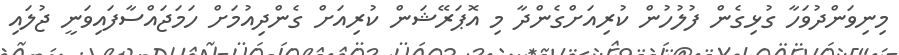
މިނިވަންދުވަހާ ގުޅިގެން ފުލުހުން ކުރިއަށްގެންދާ މި އޮޕަރޭޝަން ކުރިއަށް ގެންދިއުމަށް ހަމަޖައްސާފައިވަނީ ޖުލައި